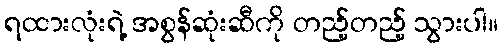
ရထားလုံးရဲ့ အစွန်ဆုံးဆီကို တည့်တည့် သွားပါ။